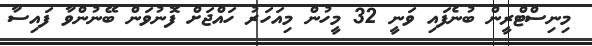
މިނިސްޓްރީން ބުނެފައި ވަނީ 32 މީހުން މިއަހަރު ހައްޖަށް ފޮނުވަން ބޭނުންވާ ފައިސާ